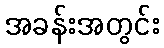
အခန်းအတွင်း